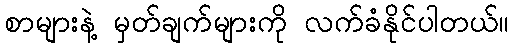
စာများနဲ့ မှတ်ချက်များကို လက်ခံနိုင်ပါတယ်။